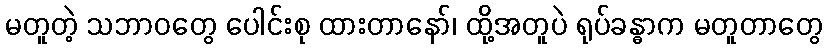
မတူတဲ့ သဘာဝတွေ ပေါင်းစု ထားတာနော်၊ ထို့အတူပဲ ရုပ်ခန္ဓာက မတူတာတွေ